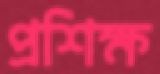
প্রশিক্ষ